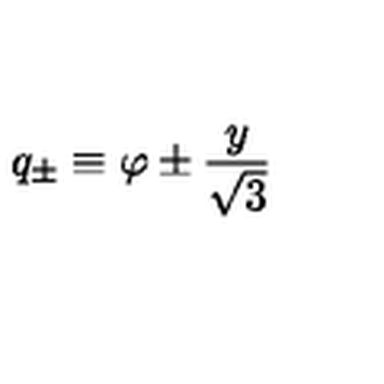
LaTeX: q _ { \pm } \equiv \varphi \pm { \frac { y } { \sqrt { 3 } } }